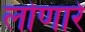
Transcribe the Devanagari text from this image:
लोणारे